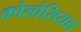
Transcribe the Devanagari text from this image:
कोलोसियन